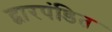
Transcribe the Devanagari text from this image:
द्वारपंडित